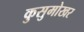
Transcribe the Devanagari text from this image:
कुसुमोखर